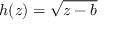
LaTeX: h ( z ) = { \sqrt { z - b } }